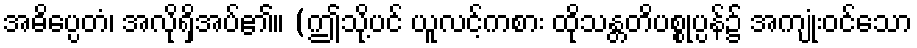
အဓိပ္ပေတံ၊ အလိုရှိအပ်၏။ (ဤသို့ပင် ယူလင့်ကစား ထိုသန္တတိပစ္စုပ္ပန်၌ အကျုံးဝင်သော